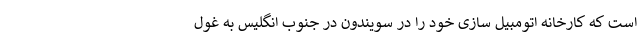
است که کارخانه اتومبیل سازی خود را در سویندون در جنوب انگلیس به غول